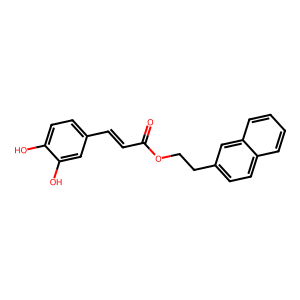
SMILES: O=C(C=Cc1ccc(O)c(O)c1)OCCc1ccc2ccccc2c1
Inhibits HIV replication: No